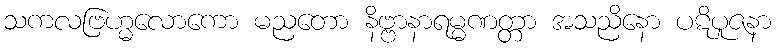
သကလဗြဟ္မလောကော မညတော နိဗ္ဗာနာရမ္မဏတ္တာ အသညိနော ပဋိပူဇနာ